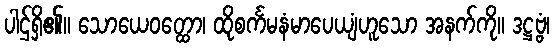
ပါဌ်ရှိ၏။ သောယေဝတ္ထော၊ ထိုစင်္ကမနံမာပေယျံဟူသော အနက်ကို။ ဒဋ္ဌဗ္ဗံ၊